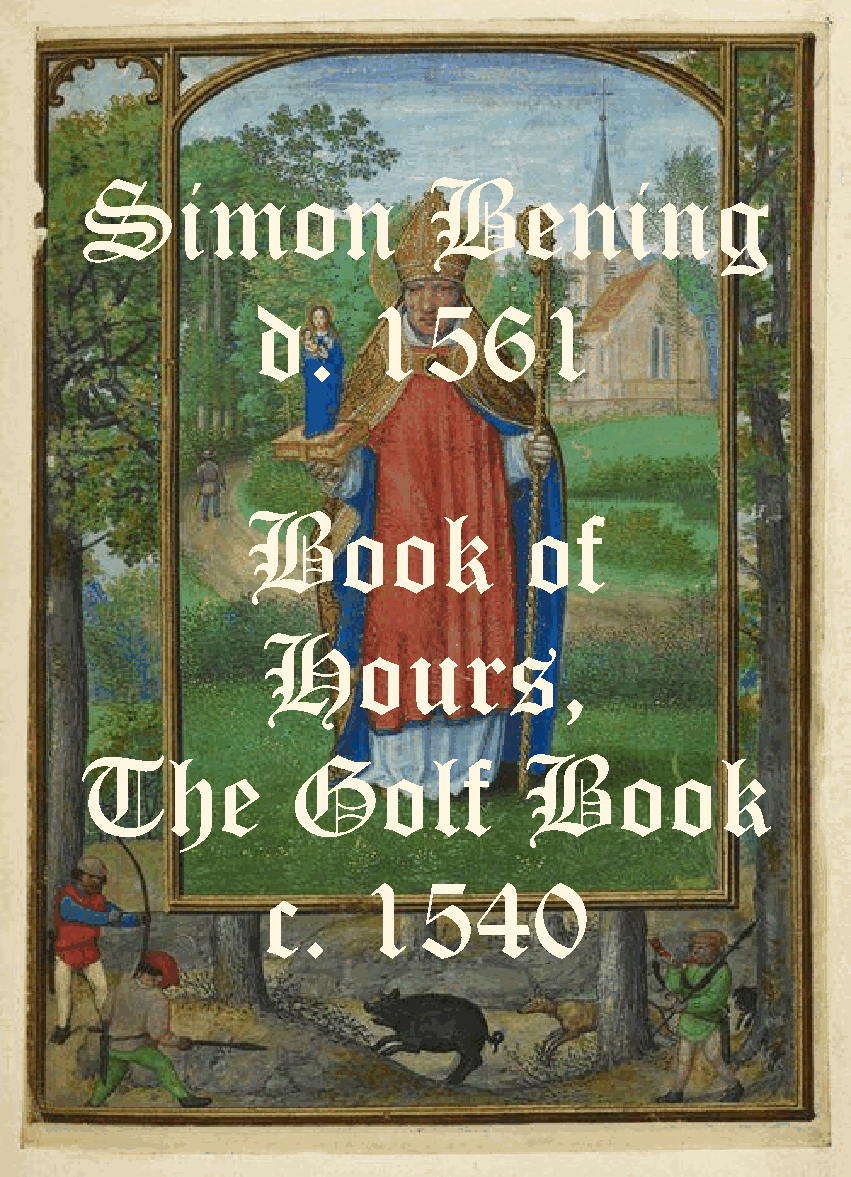
Simon                  Bening
 d.     1561
 Book               of
 Hours,
 The           Golf            Book
 c.     1540